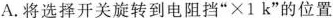
A.将选择开关旋转到电阻挡“×1 k”的位置